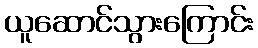
ယူဆောင်သွားကြောင်း